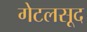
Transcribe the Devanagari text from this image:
गेटलसूद